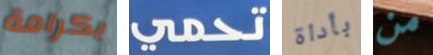
بكرامة تحمي بأداة من